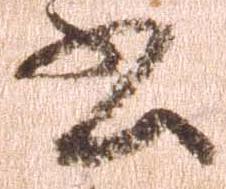
書